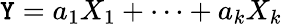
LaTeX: \mathtt{Y}=a_{1}X_{1}+\cdots+a_{k}X_{k}